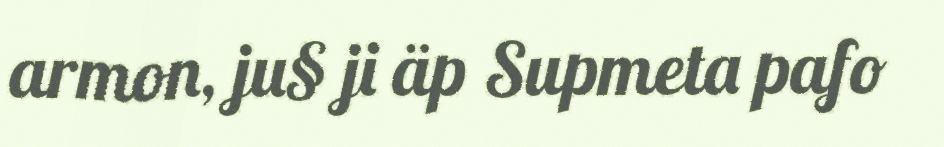
armon, ju§ ji äp Supmeta pafo